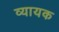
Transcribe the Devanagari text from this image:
व्यायक